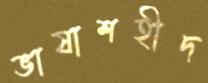
ভাষাশহীদ